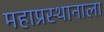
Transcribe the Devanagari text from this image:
महाप्रस्थानाला